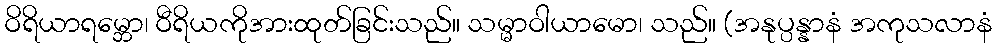
ဝိရိယာရမ္ဘော၊ ဝီရိယကိုအားထုတ်ခြင်းသည်။ သမ္မာဝါယာမော၊ သည်။ (အနုပ္ပန္နာနံ အကုသလာနံ